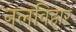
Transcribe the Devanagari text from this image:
नलविहार